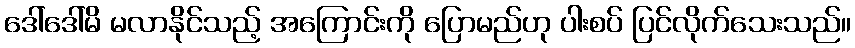
ဒေါ်ဒေါ်မိ မလာနိုင်သည့် အကြောင်းကို ပြောမည်ဟု ပါးစပ် ပြင်လိုက်သေးသည်။